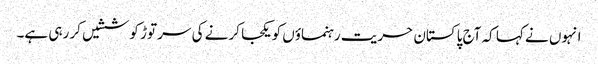
انہوں نے کہا کہ آج پاکستان حریت رہنماؤں کو یکجا کرنے کی سر توڑ کوششیں کر رہی ہے۔